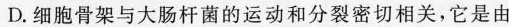
D.细胞骨架与大肠杆菌的运动和分裂密切相关，它是由